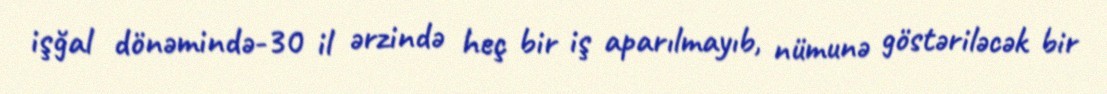
işğal dönəmində-30 il ərzində heç bir iş aparılmayıb, nümunə göstəriləcək bir